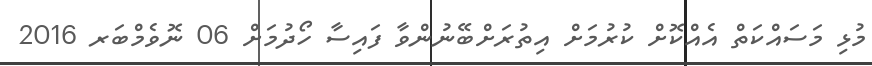
މުޅި މަސައްކަތް އެއްކޮށް ކުރުމަށް އިތުރަށްބޭނުންވާ ފައިސާ ހޯދުމަށް 06 ނޮވެމްބަރ 2016